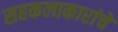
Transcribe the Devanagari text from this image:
सहकलाकारांचे